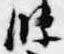
条